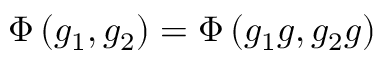
\Phi \left( g _ { 1 } , g _ { 2 } \right) = \Phi \left( g _ { 1 } g , g _ { 2 } g \right)